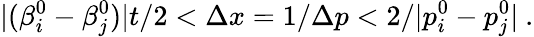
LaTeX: |(\beta_{i}^{0}-\beta_{j}^{0})|t/2<\Delta x=1/\Delta p<2/|p_{i}^{0}-p_{j}^{0}|~.